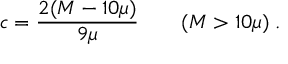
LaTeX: c = { \frac { 2 ( M - 1 0 \mu ) } { 9 \mu } } \qquad ( M > 1 0 \mu ) \; .